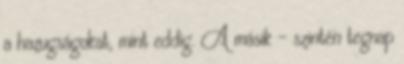
a hazugságokat, mint eddig. A másik – szintén tegnap